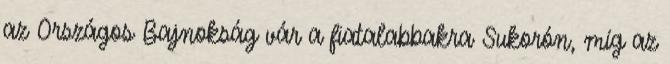
az Országos Bajnokság vár a fiatalabbakra Sukorón, míg az